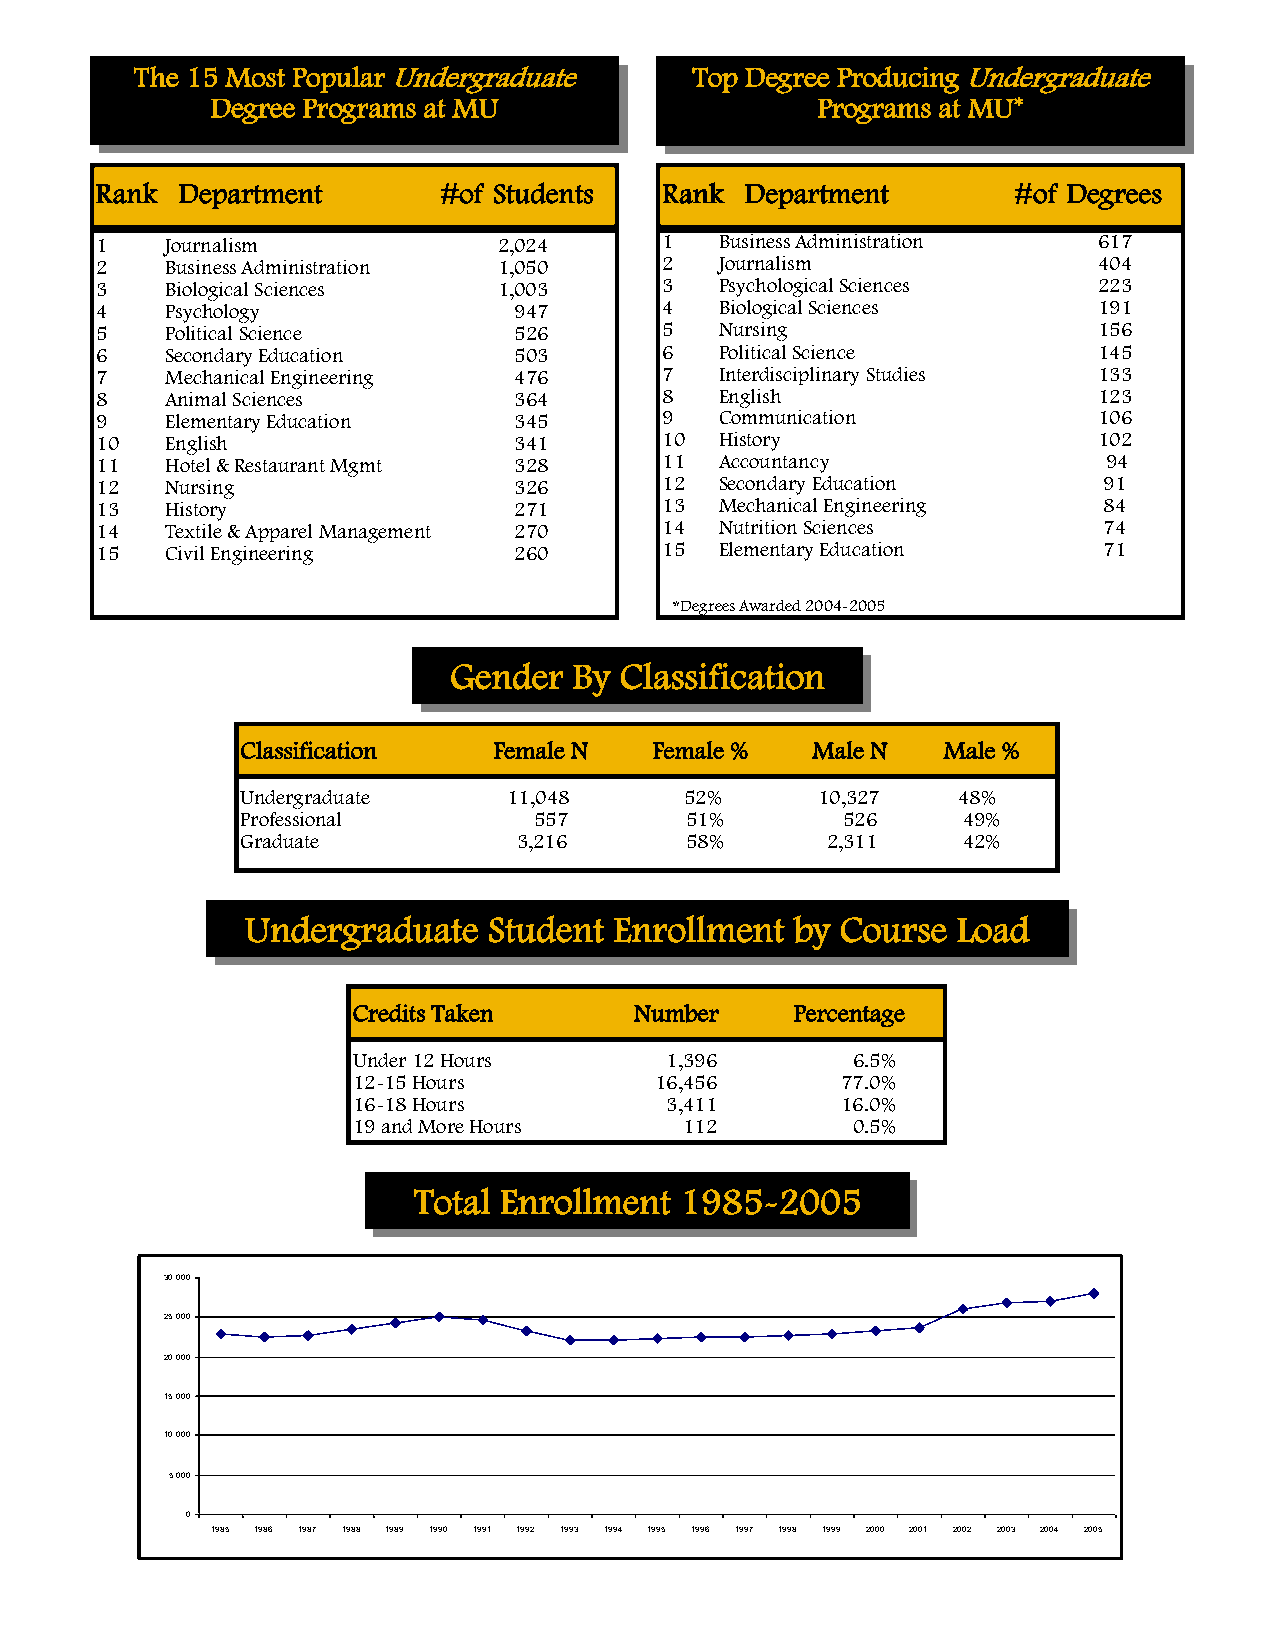
The 15 Most Popular Undergraduate    Top Degree Producing Undergraduate
 Degree Programs at MU                   Programs at MU*
 Rank  Department       #of Students   Rank Department        #of Degrees
 1    Journalism            2,024      1   Business Administration  617
 2    Business Administration 1,050    2   Journalism               404
 3    Biological Sciences   1,003      3   Psychological Sciences   223
 4    Psychology             947       4   Biological Sciences      191
 5    Political Science      526       5   Nursing                  156
 6    Secondary Education    503       6   Political Science        145
 7    Mechanical Engineering 476       7   Interdisciplinary Studies 133
 8    Animal Sciences        364       8   English                  123
 9    Elementary Education   345       9   Communication            106
 10   English                341       10  History                  102
 11   Hotel & Restaurant Mgmt 328      11  Accountancy              94
 12   Nursing                326       12  Secondary Education      91
 13   History                271       13  Mechanical Engineering   84
 14   Textile & Apparel Management 270 14  Nutrition Sciences       74
 15   Civil Engineering      260       15  Elementary Education     71
 *Degrees Awarded 2004-2005
 Gender  By Classification
 Classification   Female N  Female %   Male N  Male %
 Undergraduate     11,048     52%      10,327   48%
 Professional       557       51%        526     49%
 Graduate          3,216      58%       2,311    42%
 Undergraduate   Student  Enrollment  by Course Load
 Credits Taken      Number     Percentage
 Under 12 Hours       1,396       6.5%
 12-15 Hours         16,456       77.0%
 16-18 Hours          3,411       16.0%
 19 and More Hours     112        0.5%
 Total Enrollment  1985-2005
 30,000
 25,000
 20,000
 15,000
 10,000
 5,000
 0
 1985 1986 1987 1988 1989 1990 1991 1992 1993 1994 1995 1996 1997 1998 1999 2000 2001 2002 2003 2004 2005